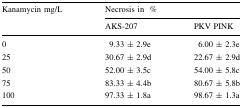
| <ROWSPAN=2> Kanamycin mg/L | <COLSPAN=2> Necrosis in% |
 | AKS-207 | PKV PINK |
 | --- | --- | --- |
 | 0 | 9.33 ± 2.9e | 6.00 ± 2.3e |
 | 25 | 30.67 ± 2.9d | 22.67 ± 2.9d |
 | 50 | 52.00 ± 3.5c | 54.00 ± 5.8c |
 | 75 | 83.33 ± 4.4b | 80.67 ± 5.8b |
 | 100 | 97.33 ± 1.8a | 98.67 ± 1.3a |